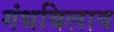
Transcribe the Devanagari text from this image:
गंधबिलाव